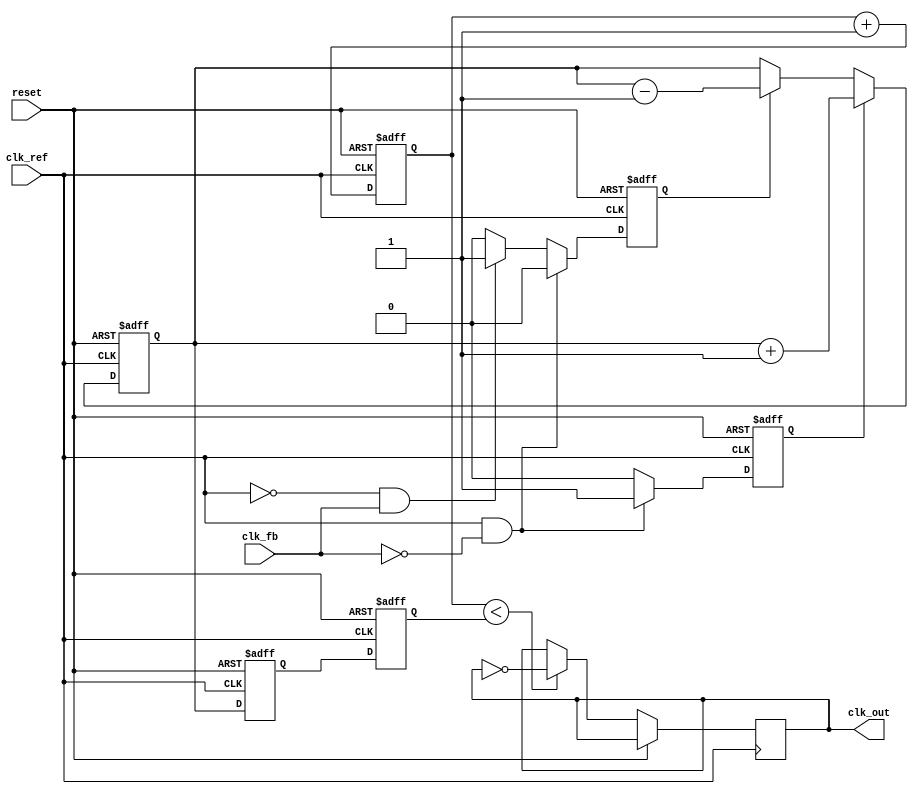
module pll (
    input wire clk_ref,         // Reference clock input
    input wire clk_fb,          // Feedback clock input
    input wire reset,           // Reset signal
    output reg clk_out          // Output clock
);

    // PFD signals
    reg pfd_up;
    reg pfd_down;

    // Charge Pump signals
    reg [7:0] charge_pump_output; // Charge pump output voltage (simplified)
    
    // Loop Filter (1st order for simplicity)
    reg [7:0] loop_filter_output; // Voltage control signal for VCO

    // VCO parameters
    reg [7:0] vco_frequency; // VCO frequency control
    reg [7:0] vco_output;    // VCO output signal

    // PFD implementation
    always @(posedge clk_ref or posedge reset) begin
        if (reset) begin
            pfd_up <= 0;
            pfd_down <= 0;
        end else begin
            // Simple phase detection logic
            if (clk_ref && !clk_fb) begin
                pfd_up <= 1; // Reference clock is leading
                pfd_down <= 0;
            end else if (!clk_ref && clk_fb) begin
                pfd_up <= 0;
                pfd_down <= 1; // Feedback clock is leading
            end else begin
                pfd_up <= 0;
                pfd_down <= 0; // No phase difference
            end
        end
    end

    // Charge Pump implementation
    always @(posedge clk_ref or posedge reset) begin
        if (reset) begin
            charge_pump_output <= 8'b0;
        end else begin
            if (pfd_up) begin
                charge_pump_output <= charge_pump_output + 1; // Increase charge
            end else if (pfd_down) begin
                charge_pump_output <= charge_pump_output - 1; // Decrease charge
            end
        end
    end

    // Loop Filter implementation (1st order)
    always @(posedge clk_ref or posedge reset) begin
        if (reset) begin
            loop_filter_output <= 8'b0;
        end else begin
            loop_filter_output <= charge_pump_output; // Directly use charge pump output
        end
    end

    // VCO implementation
    always @(posedge clk_ref or posedge reset) begin
        if (reset) begin
            vco_frequency <= 8'b0;
            vco_output <= 8'b0;
        end else begin
            // Simple VCO model: frequency is proportional to loop filter output
            vco_frequency <= loop_filter_output;
            // Generate output clock based on VCO frequency
            clk_out <= (vco_output < vco_frequency) ? ~clk_out : clk_out; // Toggle output based on frequency
            vco_output <= vco_output + 1; // Increment output for next cycle
        end
    end

endmodule